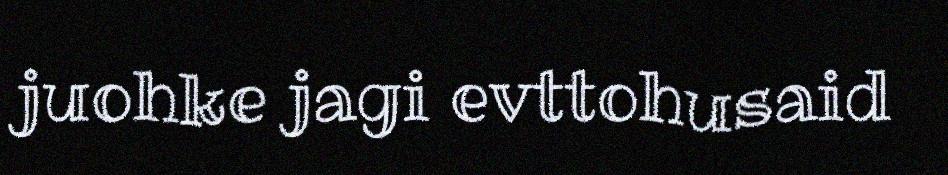
juohke jagi evttohusaid